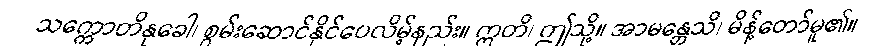
သက္ကောတိနုခေါ၊ စွမ်းဆောင်နိုင်ပေလိမ့်နည်း။ ဣတိ၊ ဤသို့။ အာမန္တေသိ၊ မိန့်တော်မူ၏။